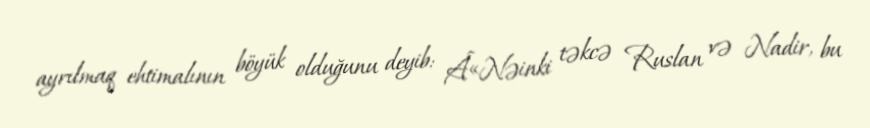
ayrılmaq ehtimalının böyük olduğunu deyib: Â«Nəinki təkcə Ruslan və Nadir, bu